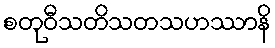
စတုဝီသတိသတသဟဿာနိ